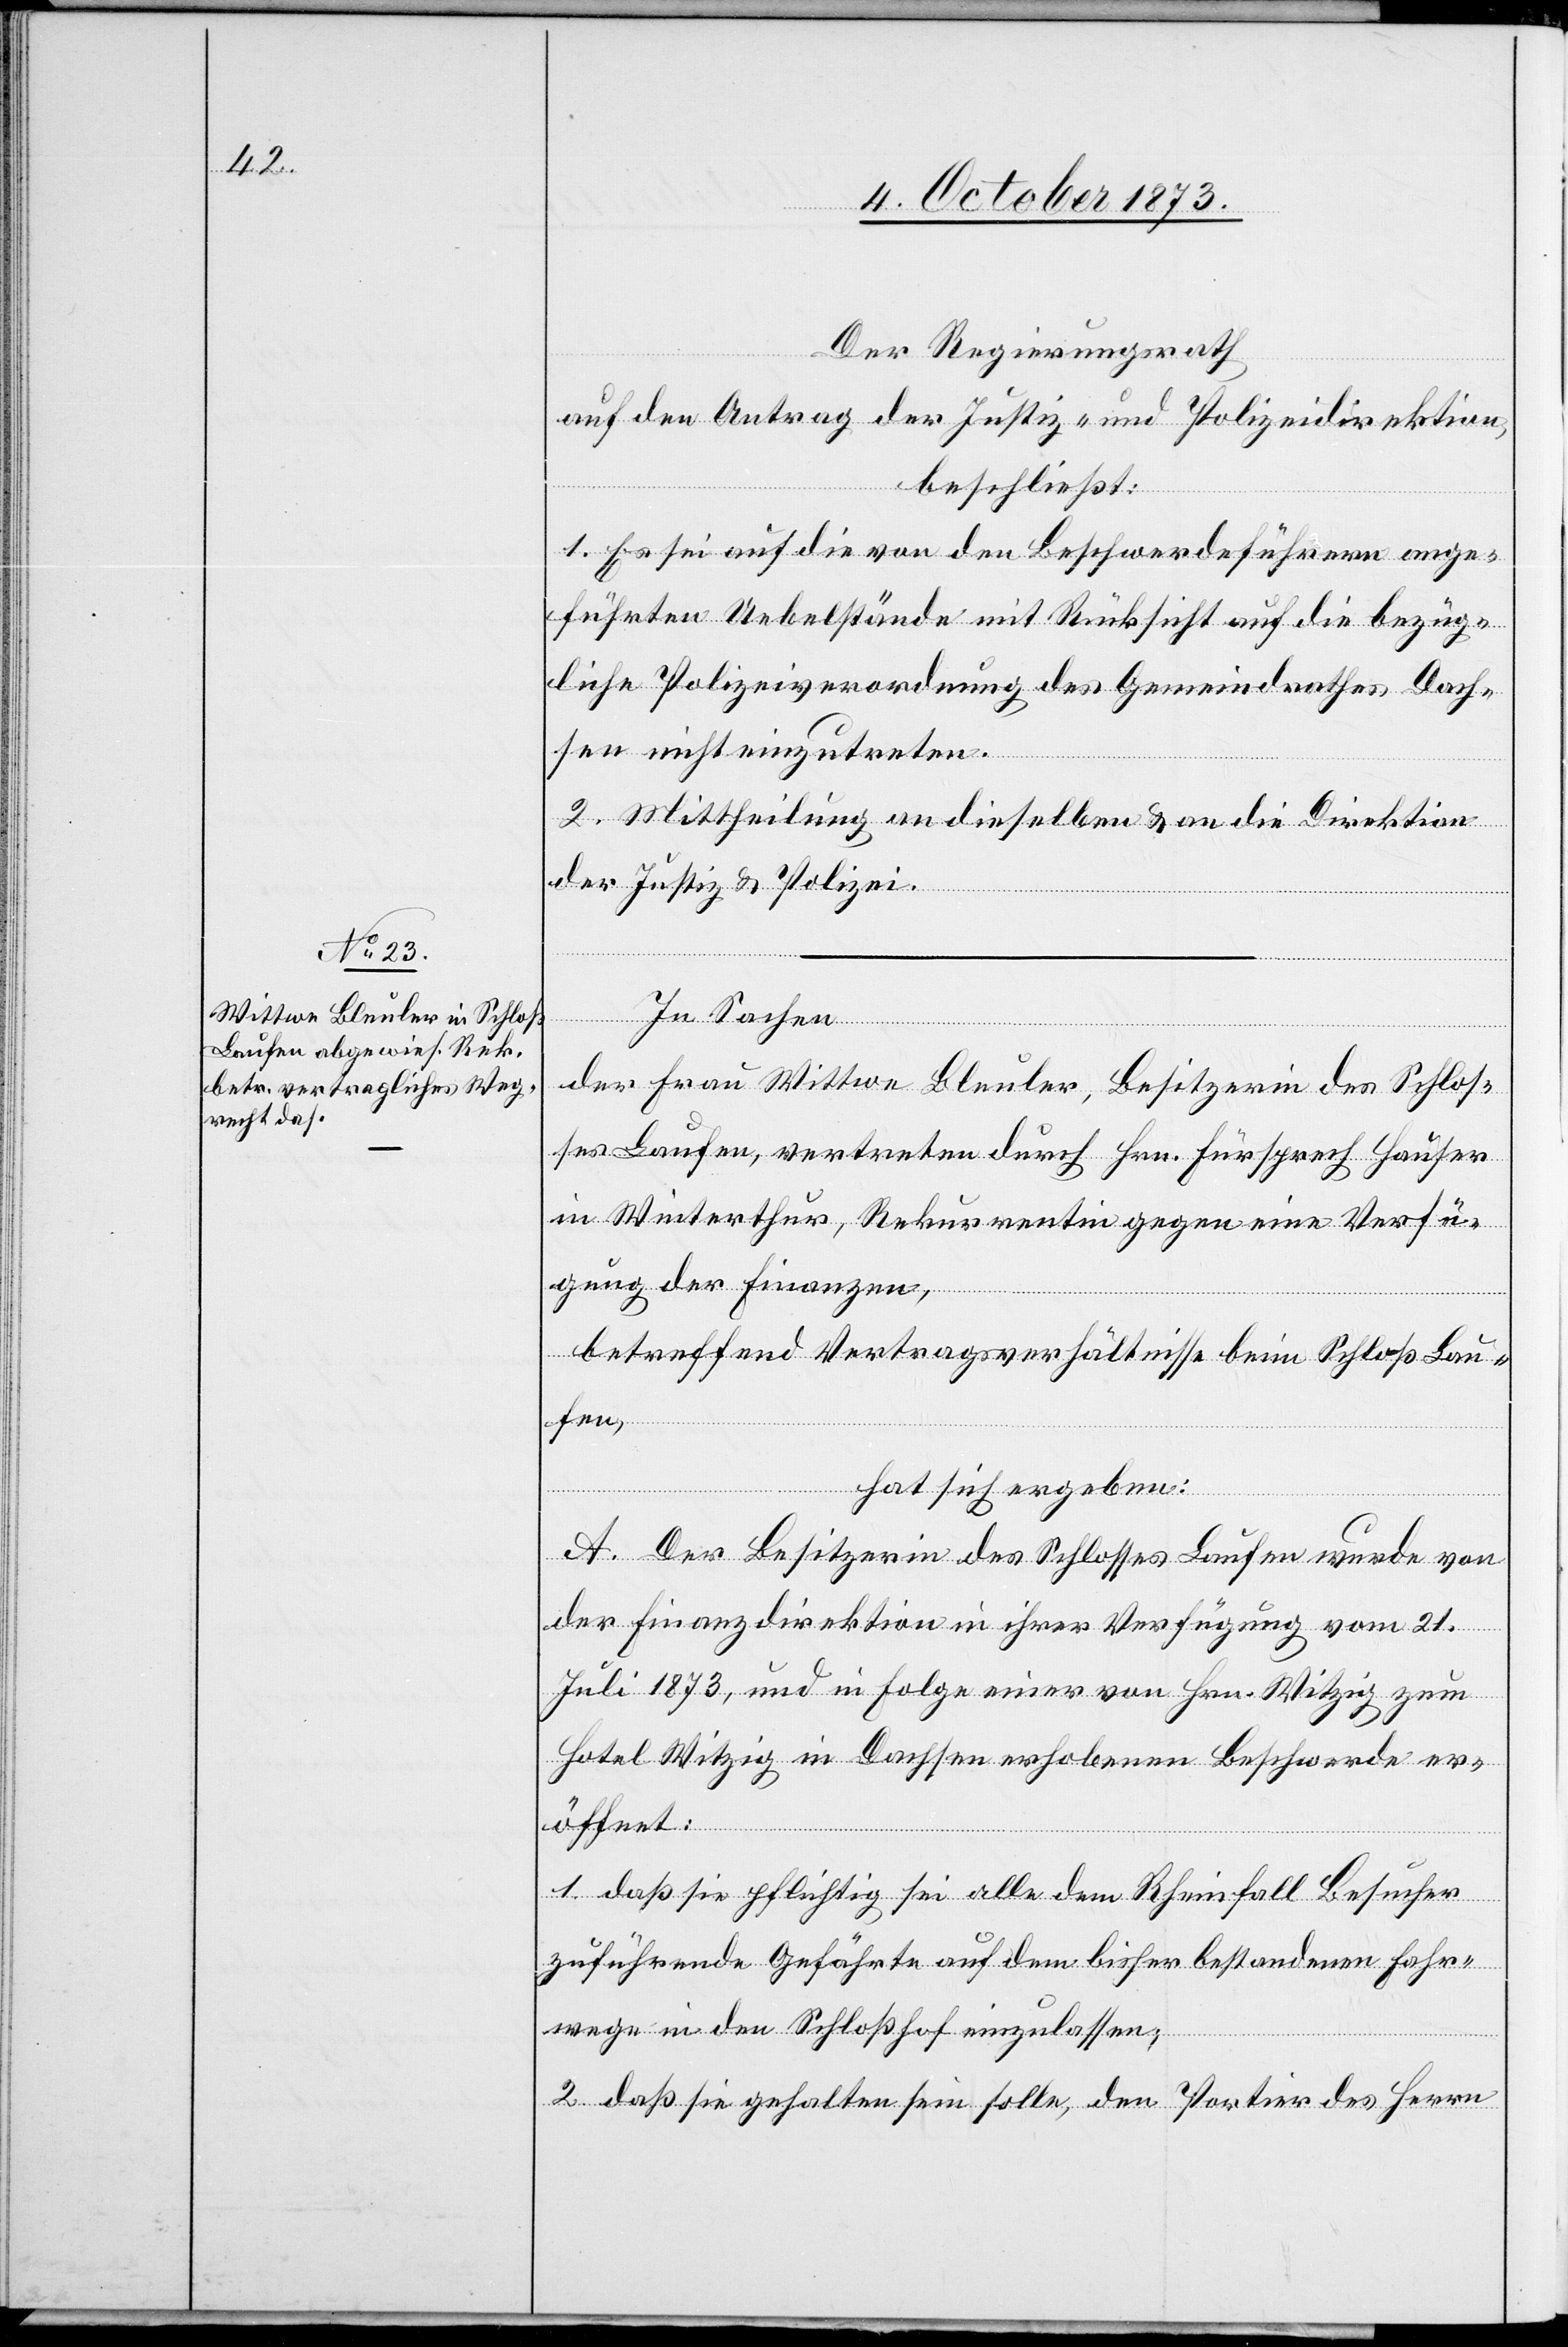
Der Regierungsrath
auf den Antrag der Justiz- und Polizeidirektion,
beschließt:
1. Es sei auf die von den Beschwerdeführern ange¬
führten Uebelstände mit Rücksicht auf die bezüg¬
liche Polizeiverordnung des Gemeindrathes Dach¬
sen nicht einzutreten.
2. Mittheilung an dieselben & an die Direktion
der Justiz & Polizei.
In Sachen
der Frau Wittwe Bleuler, Besitzerin des Schlos¬
ses Laufen, vertreten durch Hrn. Fürsprech Hauser
in Winterthur, Rekurrentin gegen eine Verfü¬
gung der Finanzen,
betreffend Vertragsverhältnisse beim Schloß Lau¬
fen,
hat sich ergeben:
A. Der Besitzerin des Schlosses Laufen wurde von
der Finanzdirektion in ihrer Verfügung vom 21.
Juli 1873, und in Folge einer von Hrn. Witzig zum
Hotel Witzig in Dachsen erhobenen Beschwerde er¬
öffnet:
1. daß sie pflichtig sei alle dem Rheinfall Besucher
zuführende Gefährte auf dem bisher bestandenen Fahr¬
wege in den Schloßhof einzulassen;
2. daß sie gehalten sein sollte, den Portier des Herrn